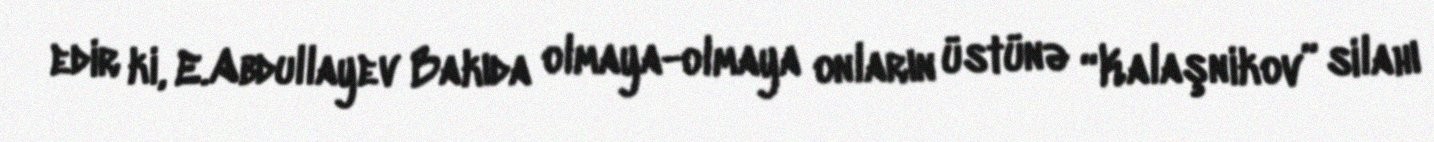
edir ki, E.Abdullayev Bakıda olmaya-olmaya onların üstünə “Kalaşnikov” silahı